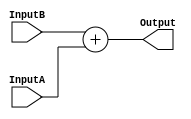
`timescale 1ns / 1ps
//////////////////////////////////////////////////////////////////////////////////
// Company: 
// 
// Design Name: 
// Module Name: Adder32
// Project Name: 
// Target Devices: 
// Tool Versions: 
// Description: 
// 
// Dependencies: 
// 
// Revision:
// Revision 0.01 - File Created
// Additional Comments:
// 
//////////////////////////////////////////////////////////////////////////////////

module Adder32(
	input wire[31:0] InputA,
	input wire[31:0] InputB,
	output reg[31:0] Output
    );
always @(*) begin
	Output<=InputB+InputA;
end
endmodule